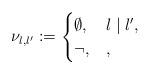
LaTeX: \begin{align*}\nu_{l,l'}:=\begin{cases}\emptyset, & l\mid l', \\\neg, & ,\end{cases}\end{align*}